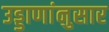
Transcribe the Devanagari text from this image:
उड्डाणांनुसार